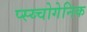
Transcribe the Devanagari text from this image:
प्स्य्चोगेनिक